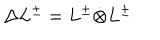
\Delta L ^ { \pm } = L ^ { \pm } \dot { \otimes } L ^ { \pm }